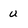
Character: u